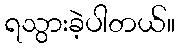
ရသွားခဲ့ပါတယ်။